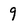
Character: 9